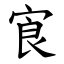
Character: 㝗